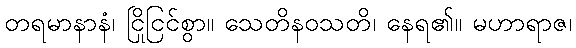
တရမာနာနံ၊ ငြိုငြင်စွာ။ သေတိနဝသတိ၊ နေရ၏။ မဟာရာဇ၊